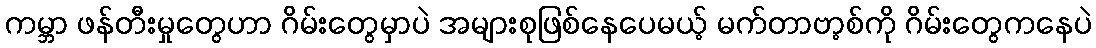
ကမ္ဘာ ဖန်တီးမှုတွေဟာ ဂိမ်းတွေမှာပဲ အများစုဖြစ်နေပေမယ့် မက်တာဗာ့စ်ကို ဂိမ်းတွေကနေပဲ